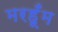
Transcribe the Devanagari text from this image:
मरहूँम